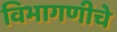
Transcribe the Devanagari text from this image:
विभागणीचे